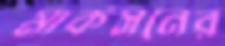
মার্কসনের